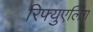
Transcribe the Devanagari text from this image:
रिफ्युएलिंग